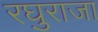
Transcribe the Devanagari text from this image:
रघुराजा